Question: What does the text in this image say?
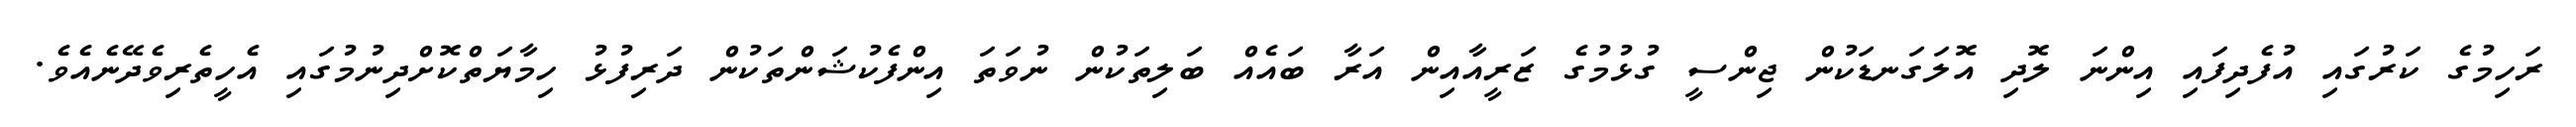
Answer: ރަހިމުގެ ކަރުގައި އުފެދިފައި އިންނަ ލޮދި އޮލަގަނޑަކުން ޖިންސީ ގުޅުމުގެ ޒަރީއާއިން އަރާ ބައެއް ބަލިތަކުން ނުވަތަ އިންފެކުޝަންތަކުން ދަރިފުޅު ހިމާޔަތްކޮށްދިނުމުގައި އެހީތެރިވެދޭނެއެވެ.